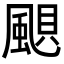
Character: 𩗗